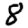
Digit: 8